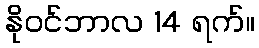
နိုဝင်ဘာလ 14 ရက်။